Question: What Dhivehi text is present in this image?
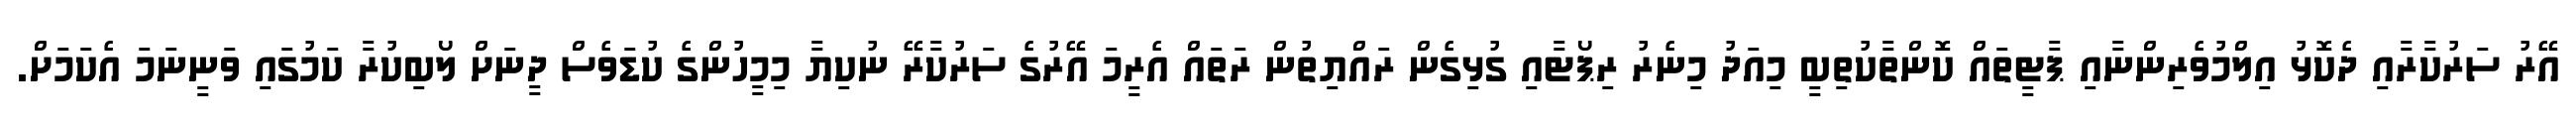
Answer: އޭރު ސަރުކާރާއި ދެކޮޅު އިލްމުވެރިންނާއި ޕާޓީތައް ކޮންތާކުތިބީ މިއަދު މިނެރު ރިޕޯޓާއި ގުޅިގެން ރައްޔިތުން ރަތައް އެރީމަ އޭރުގެ ސަރުކާރޭ ނުކިޔާ މިމީހުންގެ ކުޑަވެސް ދީނަށް ލޯބިކުރާ ކަމުގައި ވަނީނަމަ އެކަމަށް.